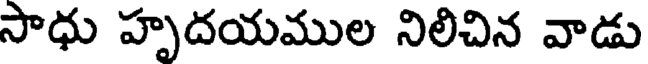
సాధు హృదయముల నిలిచిన వాడు